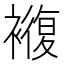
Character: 𮖵